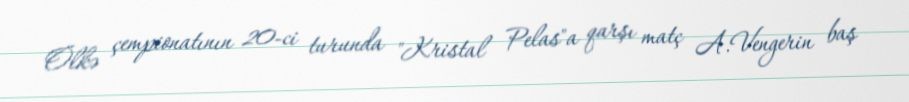
Ölkə çempionatının 20-ci turunda "Kristal Pelas"a qarşı matç A.Vengerin baş